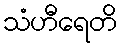
သံဟီရေတိ